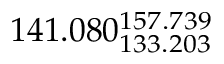
1 4 1 . 0 8 0 _ { 1 3 3 . 2 0 3 } ^ { 1 5 7 . 7 3 9 }